Plague in India, 1896, 1897 - Volume 1
Year: 1896
Disease focus: Plague
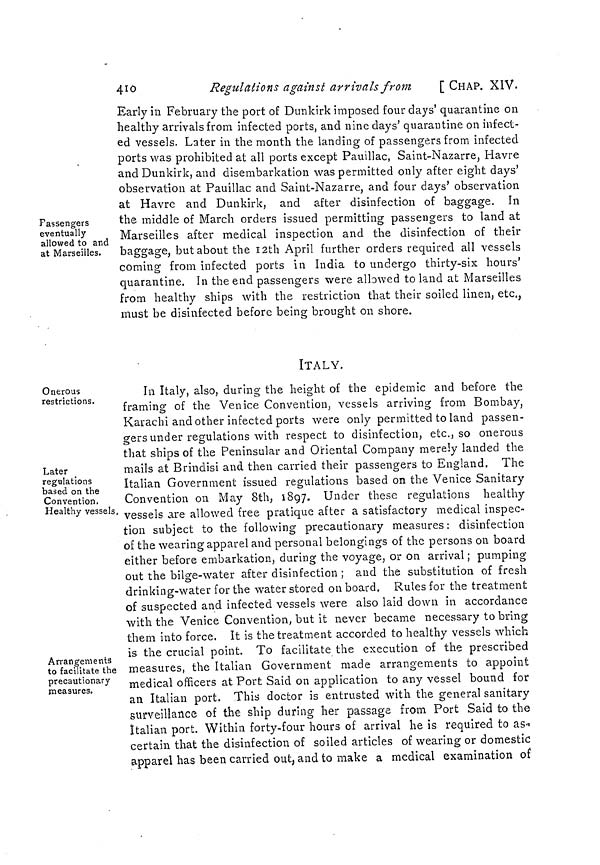
410
Regulations against arrivals from
[ CHAP. XIV.
Passengers
eventually
allowed to and
at Marseilles.
Early in February the port of Dunkirk imposed four days' quarantine on
healthy arrivals from infected ports, and nine days' quarantine on infect-
ed vessels. Later in the month the landing of passengers from infected
ports was prohibited at all ports except Pauillac, Saint-Nazarre, Havre
and Dunkirk, and disembarkation was permitted only after eight days'
observation at Pauillac and Saint-Nazarre, and four days' observation
at Havre and Dunkirk, and after disinfection of baggage. In
the middle of March orders issued permitting passengers to land at
Marseilles after medical inspection and the disinfection of their
baggage, but about the 12th April further orders required all vessels
coming from infected ports in India to undergo thirty-six hours'
quarantine. In the end passengers were allowed to land at Marseilles
from healthy ships with the restriction that their soiled linen, etc.,
must be disinfected before being brought on shore.
ITALY.
Onerous
restrictions.
In Italy, also, during the height of the epidemic and before the
framing of the Venice Convention, vessels arriving from Bombay,
Karachi and other infected ports were only permitted to land passen-
gers under regulations with respect to disinfection, etc., so onerous
that ships of the Peninsular and Oriental Company merely landed the
Later
regulations
based on the
Convention.
Healthy vessels.
mails at Brindisi and then carried their passengers to England. The
Italian Government issued regulations based on the Venice Sanitary
Convention on May 8th, 1897. Under these regulations healthy
vessels are allowed free pratique after a satisfactory medical inspec-
tion subject to the following precautionary measures: disinfection
of the wearing apparel and personal belongings of the persons on board
either before embarkation, during the voyage, or on arrival; pumping
out the bilge-water after disinfection ; and the substitution of fresh
drinking-water for the water stored on board. Rules for the treatment
of suspected and infected vessels were also laid down in accordance
with the Venice Convention, but it never became necessary to bring
them into force. It is the treatment accorded to healthy vessels which
is the crucial point. To facilitate the execution of the prescribed
Arrangements
to facilitate the
precautionary
measures,
measures, the Italian Government made arrangements to appoint
medical officers at Port Said on application to any vessel bound for
an Italian port. This doctor is entrusted with the general sanitary
surveillance of the ship during her passage from Port Said to the
Italian port. Within forty-four hours of arrival he is required to as-
certain that the disinfection of soiled articles of wearing or domestic
apparel has been carried out, and to make a medical examination of